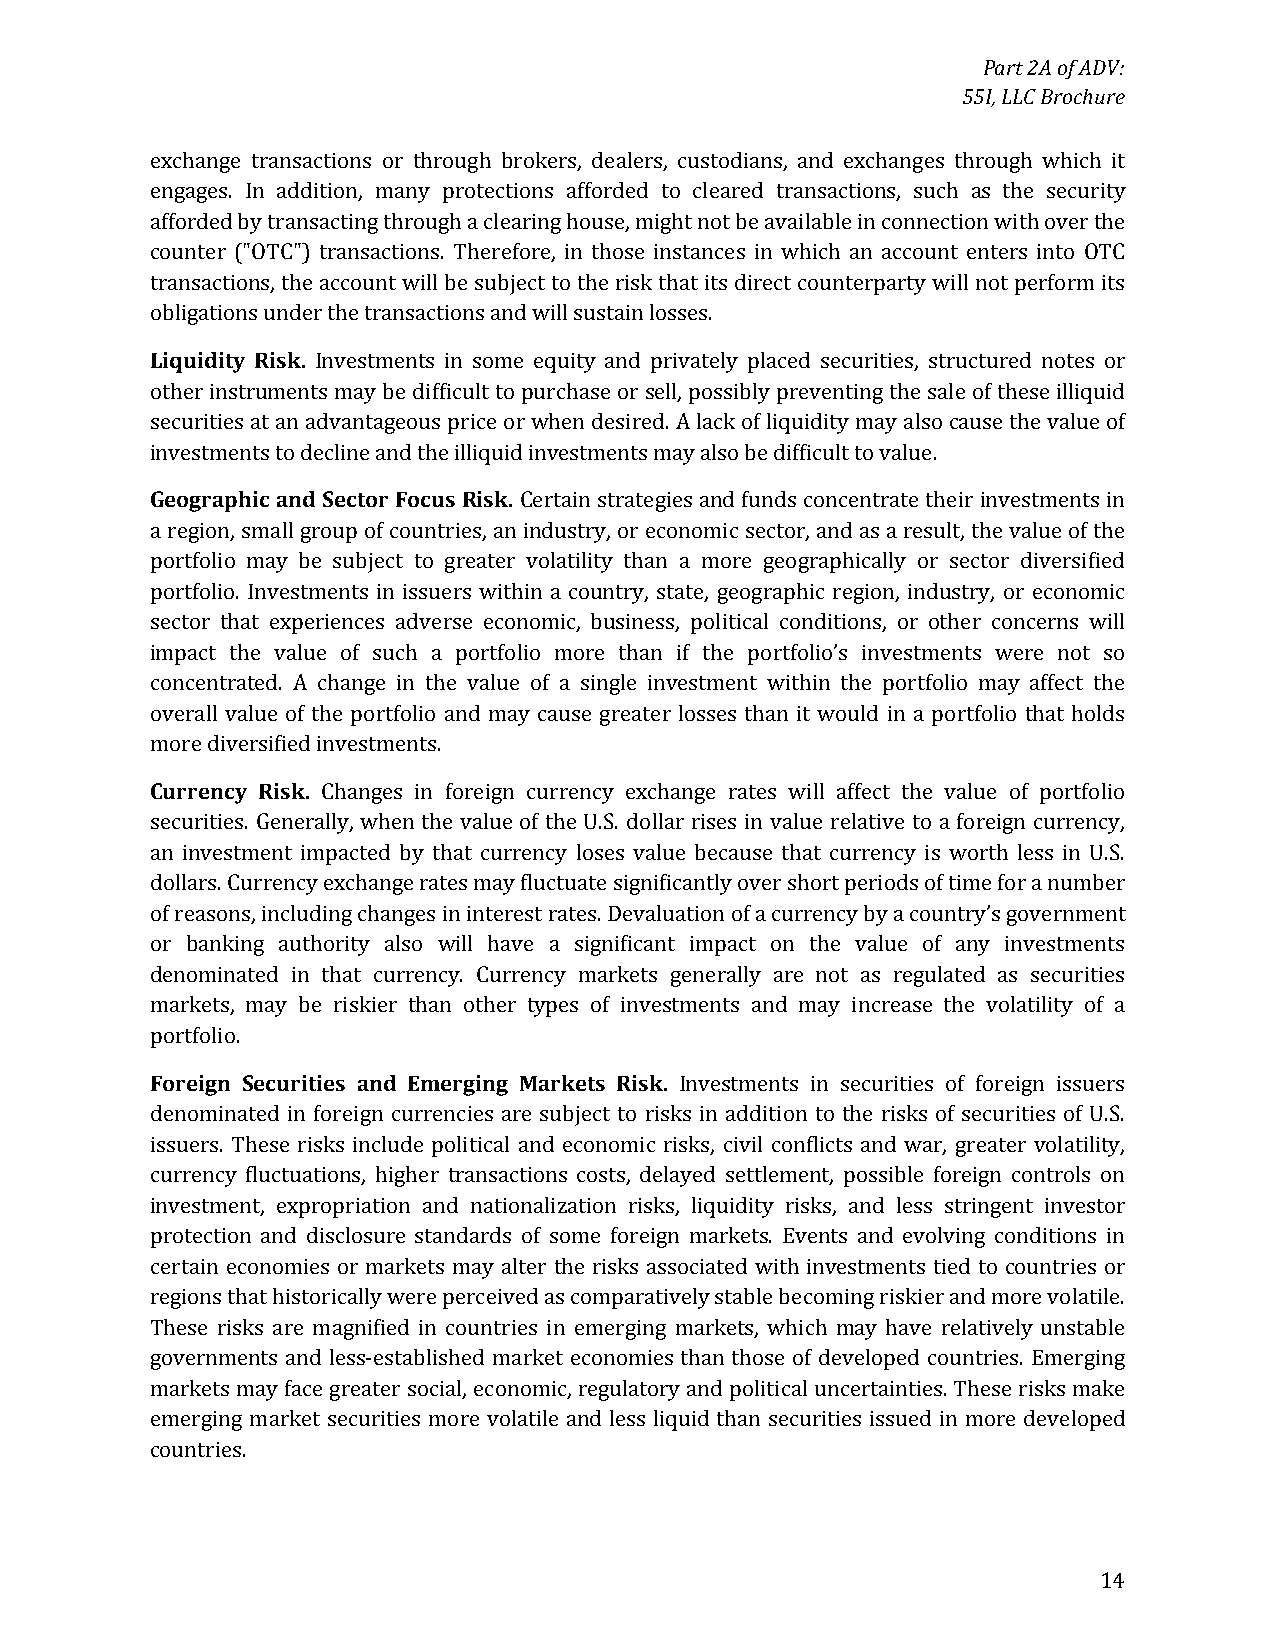
Part 2A of ADV:
 55I, LLC Brochure
 exchange transactions or through brokers, dealers, custodians, and exchanges through which it
 engages. In addition, many protections afforded to cleared transactions, such as the security
 afforded by transacting through a clearing house, might not be available in connection with over the
 counter ("OTC") transactions. Therefore, in those instances in which an account enters into OTC
 transactions, the account will be subject to the risk that its direct counterparty will not perform its
 obligations under the transactions and will sustain losses.
 Liquidity Risk. Investments in some equity and privately placed securities, structured notes or
 other instruments may be difficult to purchase or sell, possibly preventing the sale of these illiquid
 securities at an advantageous price or when desired. A lack of liquidity may also cause the value of
 investments to decline and the illiquid investments may also be difficult to value.
 Geographic and Sector Focus Risk. Certain strategies and funds concentrate their investments in
 a region, small group of countries, an industry, or economic sector, and as a result, the value of the
 portfolio may be subject to greater volatility than a more geographically or sector diversified
 portfolio. Investments in issuers within a country, state, geographic region, industry, or economic
 sector that experiences adverse economic, business, political conditions, or other concerns will
 impact the value of such a portfolio more than if the portfolio’s investments were not so
 concentrated. A change in the value of a single investment within the portfolio may affect the
 overall value of the portfolio and may cause greater losses than it would in a portfolio that holds
 more diversified investments.
 Currency Risk. Changes in foreign currency exchange rates will affect the value of portfolio
 securities. Generally, when the value of the U.S. dollar rises in value relative to a foreign currency,
 an investment impacted by that currency loses value because that currency is worth less in U.S.
 dollars. Currency exchange rates may fluctuate significantly over short periods of time for a number
 of reasons, including changes in interest rates. Devaluation of a currency by a country’s government
 or banking authority also will have a significant impact on the value of any investments
 denominated in that currency. Currency markets generally are not as regulated as securities
 markets, may be riskier than other types of investments and may increase the volatility of a
 portfolio.
 Foreign Securities and Emerging Markets Risk. Investments in securities of foreign issuers
 denominated in foreign currencies are subject to risks in addition to the risks of securities of U.S.
 issuers. These risks include political and economic risks, civil conflicts and war, greater volatility,
 currency fluctuations, higher transactions costs, delayed settlement, possible foreign controls on
 investment, expropriation and nationalization risks, liquidity risks, and less stringent investor
 protection and disclosure standards of some foreign markets. Events and evolving conditions in
 certain economies or markets may alter the risks associated with investments tied to countries or
 regions that historically were perceived as comparatively stable becoming riskier and more volatile.
 These risks are magnified in countries in emerging markets, which may have relatively unstable
 governments and less-established market economies than those of developed countries. Emerging
 markets may face greater social, economic, regulatory and political uncertainties. These risks make
 emerging market securities more volatile and less liquid than securities issued in more developed
 countries.
 14